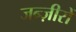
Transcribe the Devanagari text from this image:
जन्ज़ीरों